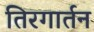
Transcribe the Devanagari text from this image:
तिरगार्तन